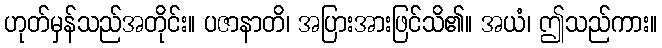
ဟုတ်မှန်သည်အတိုင်း။ ပဇာနာတိ၊ အပြားအားဖြင်သိ၏။ အယံ၊ ဤသည်ကား။